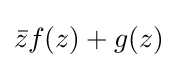
{\bar {z}}f(z)+g(z)